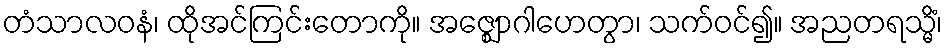
တံသာလဝနံ၊ ထိုအင်ကြင်းတောကို။ အဇ္ဈောဂါဟေတွာ၊ သက်ဝင်၍။ အညတရသ္မိံ၊